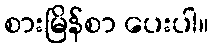
စားမြိန်စာ ပေးပါ။